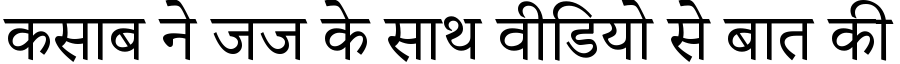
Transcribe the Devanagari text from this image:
कसाब ने जज के साथ वीडियो से बात की